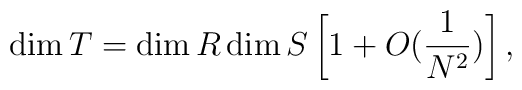
\dim T =  \dim R \dim S \left[ 1 + O({1 \over N^2}) \right],